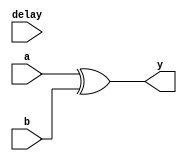
module XOR_Gate_Delay (
    input wire a,
    input wire b,
    output reg y,
    input wire delay
);

always @(a or b or delay) begin
    #delay y = a ^ b;
end

endmodule